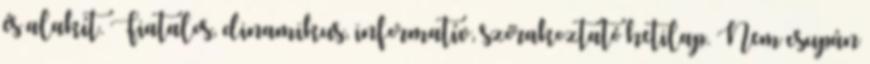
és alakít. Fiatalos, dinamikus, informatív, szórakoztató hetilap. Nem csupán